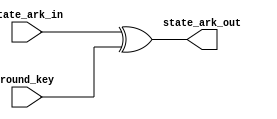
module add_round_key(
    input  [127:0] round_key,
    input [127:0] state_ark_in,
    output  [127:0] state_ark_out
	);
	
	//Internal logic
	wire [127:0] round_key_temp;
	wire [127:0] state_ark_out_temp; 
	wire [127:0] state_ark_out_next;
	
    	//Combinational logic
    	assign round_key_temp = round_key;
    	assign state_ark_out_temp = state_ark_in;
    	//Add Round Key
        assign state_ark_out_next = state_ark_out_temp[127:0] ^ round_key_temp[127:0];
   
    assign state_ark_out = state_ark_out_next;
	
	
  endmodule